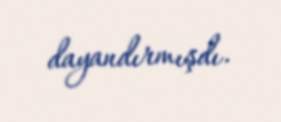
dayandırmışdı.